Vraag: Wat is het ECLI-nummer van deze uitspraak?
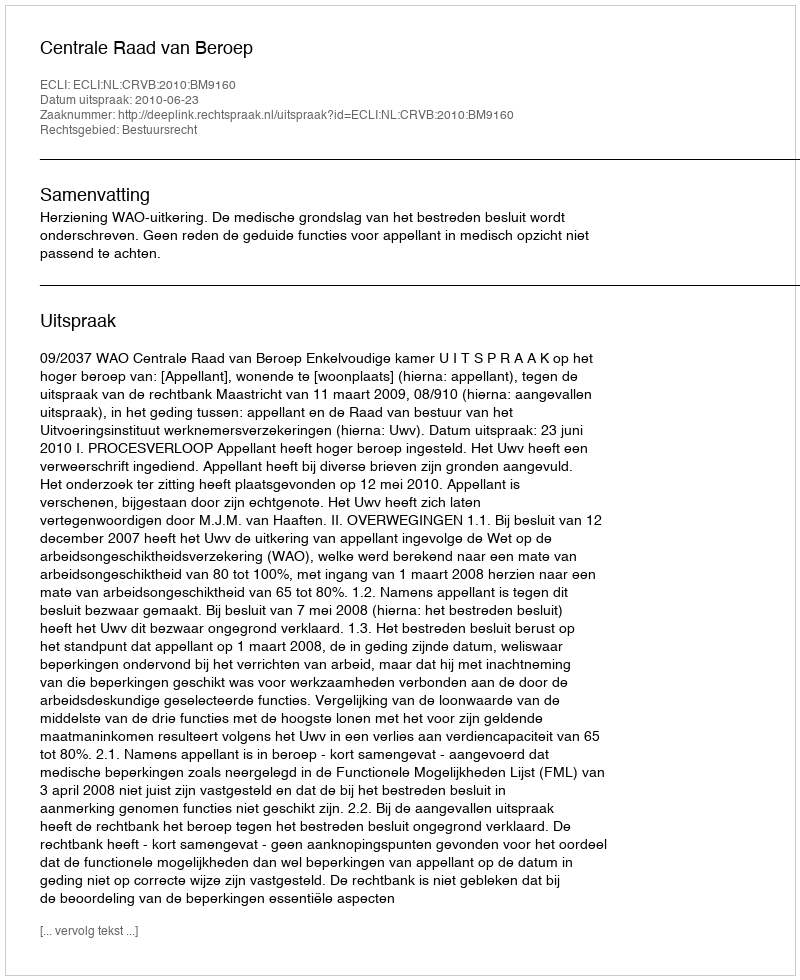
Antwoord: ECLI:NL:CRVB:2010:BM9160